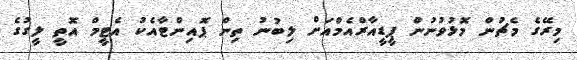
މިރޭގެ މެޗުން މޮޅުވުނުން ޕީޑީއާރްއެމްއަށް ލިބުނު ތިން ޕޮއިންޓާއެކު އެޓީމް އޮތީ ލީގުގެ